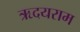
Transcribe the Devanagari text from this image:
ऋदयराम